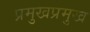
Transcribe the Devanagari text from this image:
प्रमुखप्रमुख